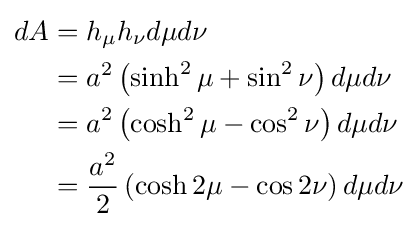
{\begin{aligned}dA&=h_{\mu }h_{\nu }d\mu d\nu \\&=a^{2}\left(\sinh ^{2}\mu +\sin ^{2}\nu \right)d\mu d\nu \\&=a^{2}\left(\cosh ^{2}\mu -\cos ^{2}\nu \right)d\mu d\nu \\&={\frac {a^{2}}{2}}\left(\cosh 2\mu -\cos 2\nu \right)d\mu d\nu \end{aligned}}